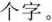
个字。